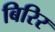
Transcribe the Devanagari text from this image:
बिरिर